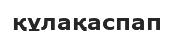
құлақаспап